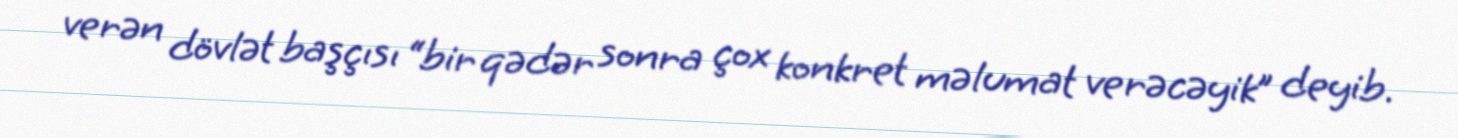
verən dövlət başçısı “bir qədər sonra çox konkret məlumat verəcəyik” deyib.